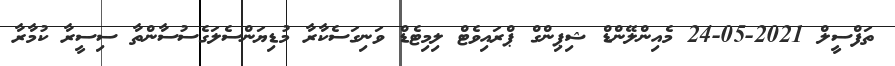
ތަފްސީލް 2021-05-24 މެއިންލޭންޑް ޝިޕިންގް ޕްރައިވެޓް ލިމިޓެޑް ވަނިގަސެކާރާ މުޑިޔަންސެލަގެސުސާންތާ ސިސީރާ ކުމާރާ